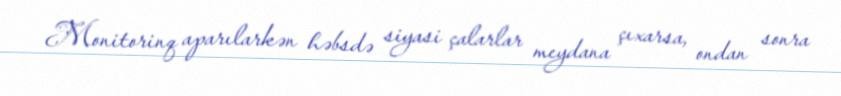
Monitorinq aparılarkən həbsdə siyasi çalarlar meydana çıxarsa, ondan sonra